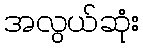
အလွယ်ဆုံး